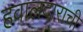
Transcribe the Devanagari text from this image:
हवालदाराची